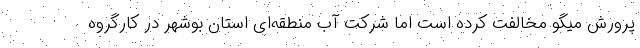
پرورش میگو مخالفت کرده است اما شرکت آب منطقه‌ای استان بوشهر در کارگروه